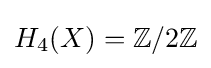
H_{4}(X)=\mathbb {Z} /2\mathbb {Z}